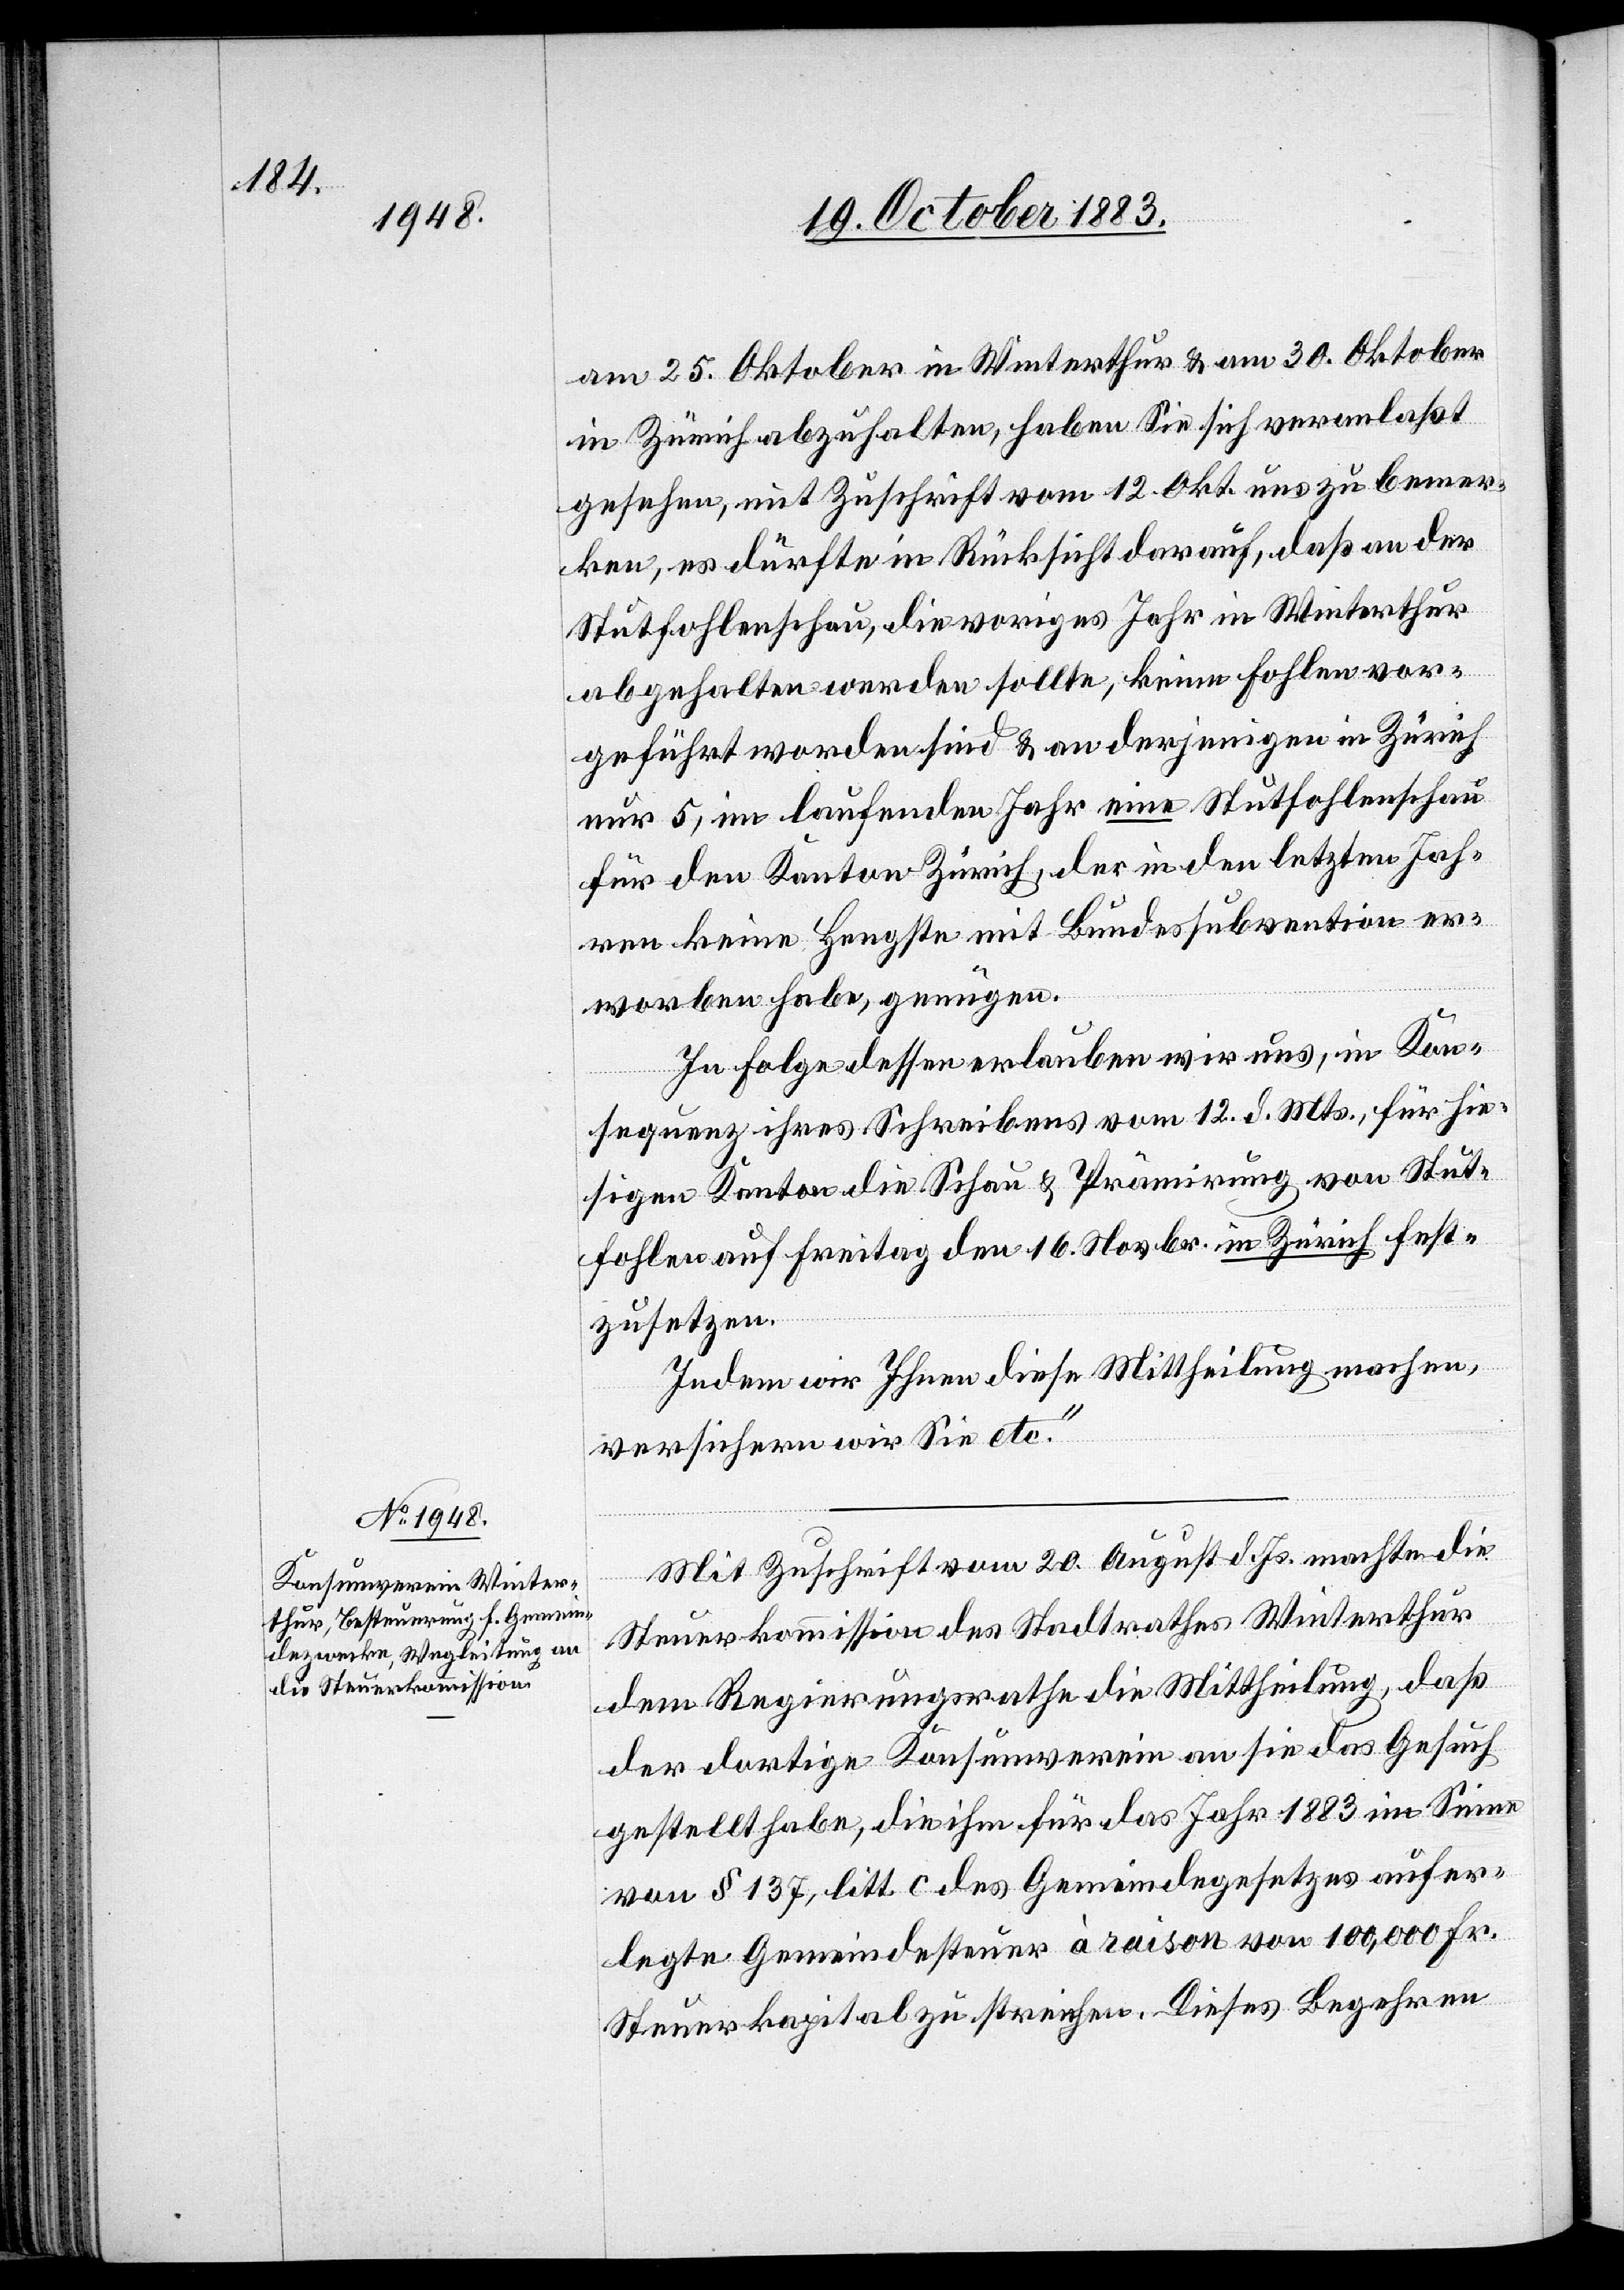
am 25. Oktober in Winterthur & am 30. Oktober
in Zürich abzuhalten, haben Sie sich veranlaßt
gesehen, mit Zuschrift vom 12. Okt. uns zu bemer¬
ken, es dürfte in Rücksicht darauf, daß an der
Stutfohlenschau, die voriges Jahr in Winterthur
abgehalten werden sollte, keine Fohlen vor¬
geführt worden sind & an derjenigen in Zürich
nur 5, im laufenden Jahr eine Stutfohlenschau
für den Kanton Zürich, das in den letzten Jah¬
ren keine Hengste mit Bundessubvention er¬
worben habe, genügen.
In Folge dessen erlauben wir uns, in Kon¬
sequenz ihres Schreibens vom 12. d. Mts., für hie¬
sigen Kanton die Schau & Prämirung von Stut¬
fohlen auf Freitag den 16. Novbr. in Zürich fest¬
zusetzen.
Indem wir Ihnen diese Mittheilung machen,
versichern wir Sie etc.“
Mit Zuschrift vom 20. August d. Js. machte die
Steuerkommission des Stadtrathes Winterthur
dem Regierungsrathe die Mittheilung, daß
der dortige Konsumverein an sie das Gesuch
gestellt habe, die ihm für das Jahr 1883 im Sinne
von § 137, litt. c des Gemeindegesetzes aufer¬
legte Gemeindesteuer à raison von 100,000 Fr.
Steuerkapital zu streichen. Dieses Begehren